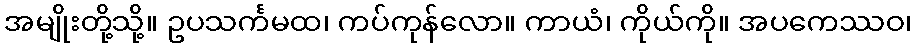
အမျိုးတို့သို့။ ဥပသင်္ကမထ၊ ကပ်ကုန်လော။ ကာယံ၊ ကိုယ်ကို။ အပကေဿဝ၊